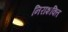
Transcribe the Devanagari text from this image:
निराशक्ति